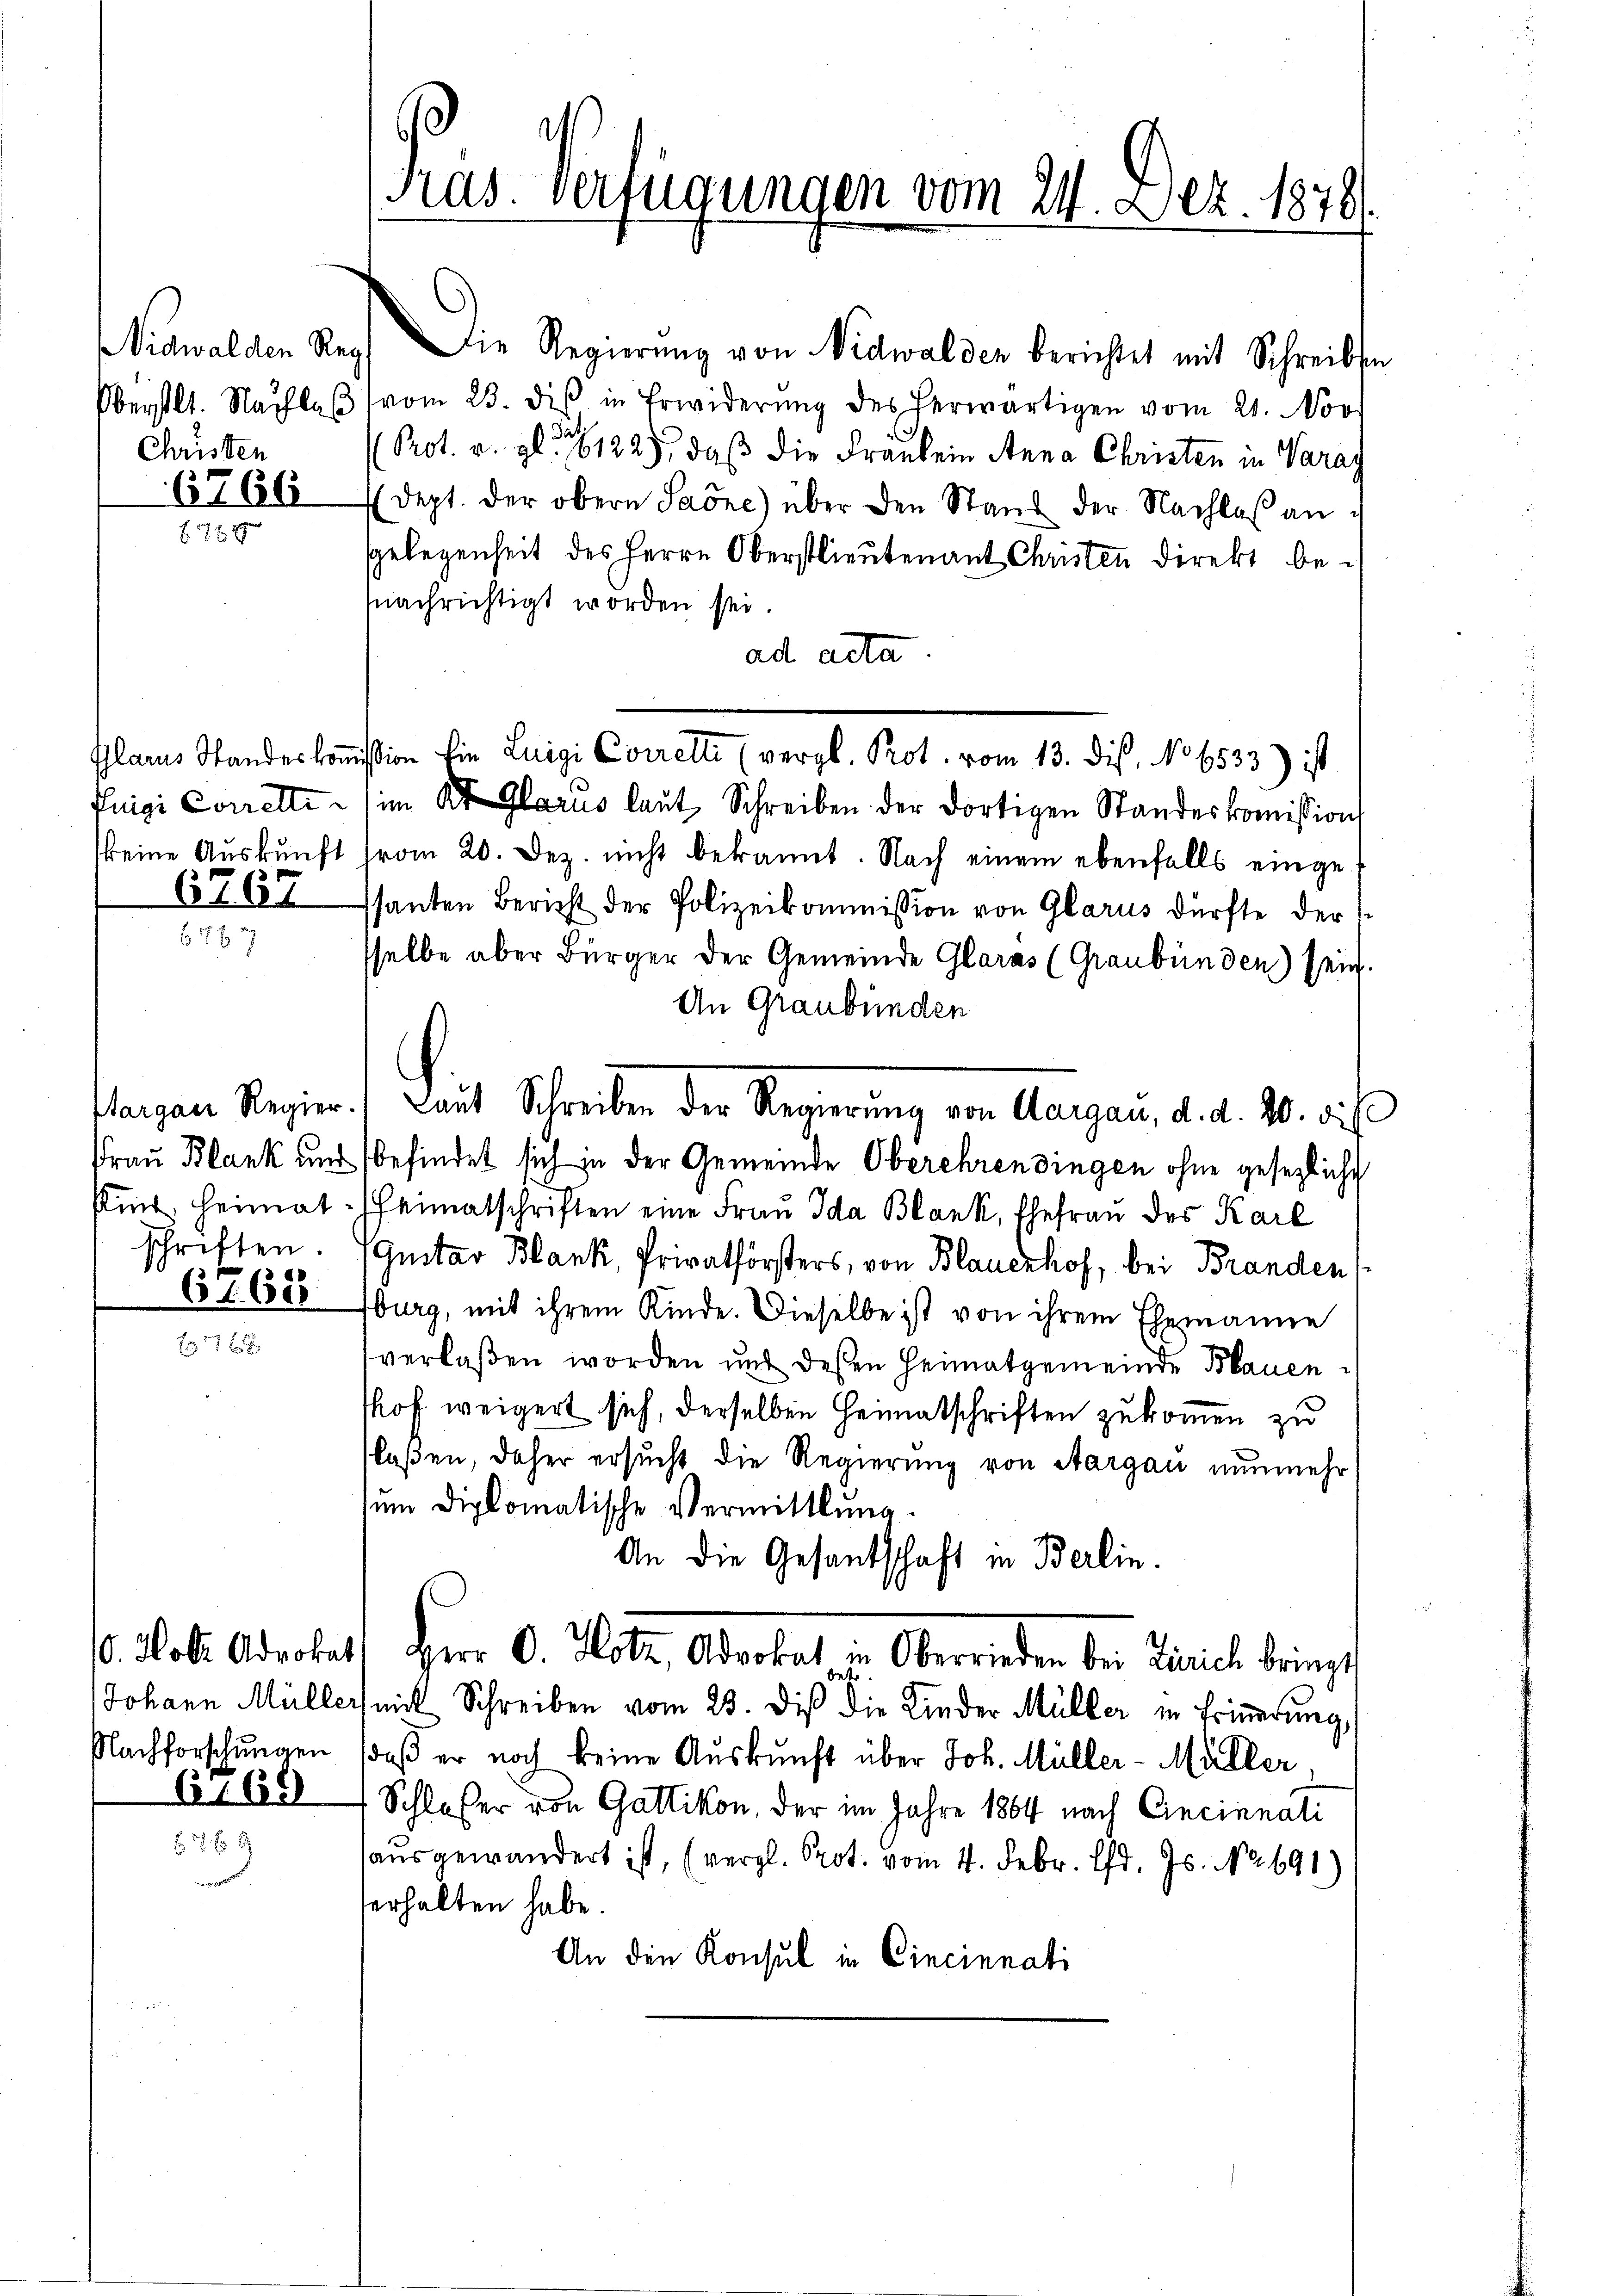
Christen
6766

keine Auskunft

6267

schriften.

Nachforschungen

6

65

Pras. Verfügungen vom 24. Dez. 1878

Nidwalden Reg. Die Regierŭng von Nidwalden berichtet mit Schreibsen
Oberstlt. Nachlaβ vom 23. dis in Erwiderŭng des herwärtigen vom 21. Nov.
Prot. u. gl. 16122), daß die Fräulein Anna Christen in Varas
dept. der obern Saöne) über den Stand der Nachlaß an¬
Gelegenheit des Herrn Oberstlieutenant Christen direkt be-
fnachrichtigt worden sei.
ad acta
fuigi Correlti (im Kt. Glarus laut Schreiben der dortigen Standeskomissions
vom 20. Dez. nicht bekannt. Nach einem ebenfalls eingessanten Bericht der Polizeikommission von Glarus dürfte der
sselbe aber Bürger der Gemeinde Glarus (Graubünden) sein.
An Graubünden
Frau Blank und befindet sich in der Gemeinde Oberehrendingen ohne gesezliche
sind, heimat heimatschriften eine Frau Ida Blank, Ehefrau des Karl
Gustav Blank, Privatförsters, von Blauenhof, bei Branden s
burg, mit ihrem Kinde. Dieselbe ist von ihrem Ehemanne
verlaßen worden und deßen Heimatgemeinde Blauenshof weigert sich, derselben Heimatschriften zukommen zu
flaßen, daher ersucht die Regierung von Aargau nunmehr
sum diplomatische Vermittlung.
An die Gesantschaft in Berlin.
0. Holl. Advokat Herr O. Hotz, Advokat in Oberrieden bei Zürich bringt
Johann Müller mit Schreiben vom 23. Dieß die Kinder Müller in Erinnerung,
daß er noch keine Auskunft über Joh. Müller-Müller,
Schloßer von Gattikon, der im Jahre 1864 nach Cincinnali
ausgewandert ist, (vergl. Prot. vom 4. Febr. d. Js. No. 691)
erhalten habe.
An die Konsul in Cincinnati

Glarus Standeskommißion fin Luigi Corrette (vergl. Prot. vom 13. dis, No 6533.) ist

Hargau Regier, Laut Schreiben der Regierung von Aargau, d. d. 20. d. J.